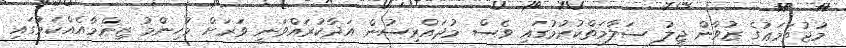
މުޖުތަމަޢުގެ ޒުވާން ޖީލު ސަލާމަތްކުރުމުގައި ވެސް މުދައްރިސުން އަދާކުރައްވަނީ ވަރަށް މުހިންމު ޒިންމާއެއްކަމުގައި